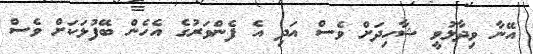
އޭނާ ވިދާޅުވީ ޝާހިދަށް ވެސް އަދި އެ ފެންވަރުގެ އެހެން ބޭފުޅަކަށް ވެސް